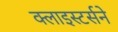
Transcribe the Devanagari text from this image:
क्लाइस्टर्सने